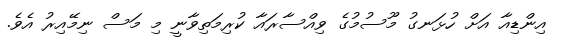
އިންޑިއާ އަށް ހުޅަނގު މޫސުމުގެ ވިއްސާރައާ ކުރިމަތިވާނީ މި މަސް ނިމޭއިރު އެވެ.